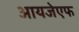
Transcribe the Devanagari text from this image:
आयजेएफ